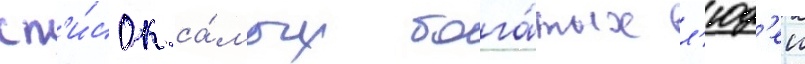
сп'и́сок са́мых бога́тых л'юд'еи